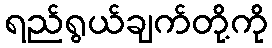
ရည်ရွယ်ချက်တို့ကို